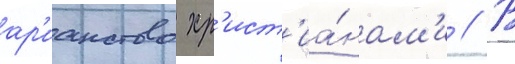
ар'ианство хр'ист'иа́нам'и // В